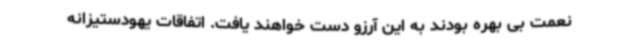
نعمت بی بهره بودند به این آرزو دست خواهند یافت. اتفاقات یهودستیزانه